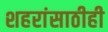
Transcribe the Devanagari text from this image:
शहरांसाठीही